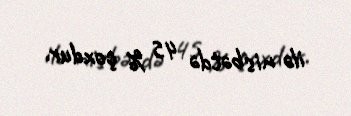
ilə nisbətdə 45 % çoxdur.